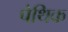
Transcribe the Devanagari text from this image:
पेथिक